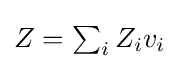
{\textstyle Z=\sum _{i}Z_{i}v_{i}}